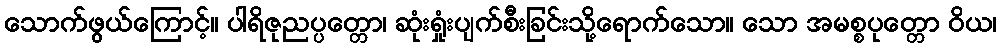
သောက်ဖွယ်ကြောင့်။ ပါရိဇုညပ္ပတ္တော၊ ဆုံးရှုံးပျက်စီးခြင်းသို့ရောက်သော။ သော အမစ္စပုတ္တော ဝိယ၊